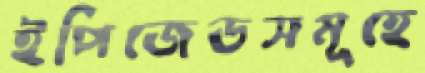
ইপিজেডসমূহে